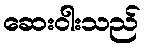
ဆေးဝါးသည်